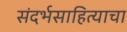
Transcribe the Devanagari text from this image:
संदर्भसाहित्याचा